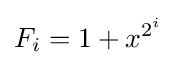
F_{i}=1+x^{2^{i}}